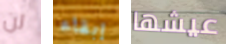
لن إبقاء عيشها